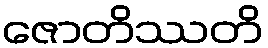
ဇောတိဿတိ